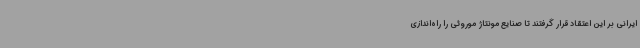
ایرانی بر این اعتقاد قرار گرفتند تا صنایع مونتاژ موروثی را راه‌اندازی